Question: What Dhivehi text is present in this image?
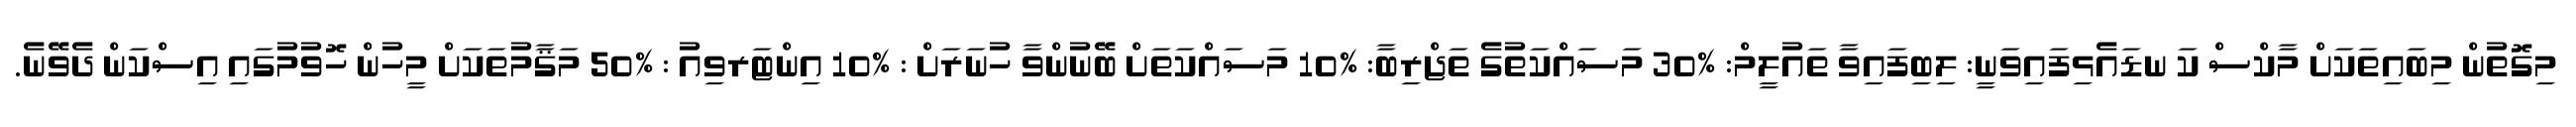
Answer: މިގޮތުން މިބައިތަކަށް މާކްސް ކަ ނޑައެޅިފައިވަނީ: ލިބިފައިވާ ތައުލީމް: %30 މަސައްކަތުގެ ތަޖްރިބާ: %10 މަސައްކަތަށް ބޭނުންވާ ހުނަރަށް : %10 އިންޓަރވިއު : %50 މަޤާމުތަކަށް މީހުން ހޮވުމުގައި އިސްކަން ދެވޭނެ.